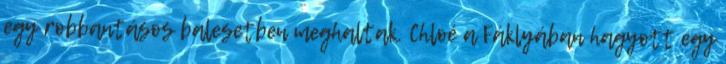
egy robbantásos balesetben meghaltak. Chloé a Fáklyában hagyott egy